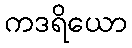
ကဒရိယော